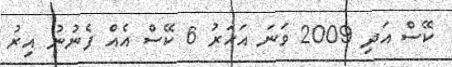
ކޭސް އަދި 2009 ވަނަ އަހަރު 6 ކޭސް އެއް ފެނުނު އިރު